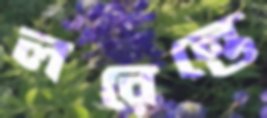
লরেন্তে